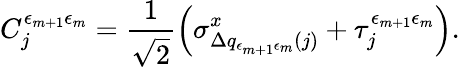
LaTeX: C_{j}^{\epsilon_{m+1}\epsilon_{m}}=\frac{1}{\sqrt{2}}\left(\sigma_{\Delta q_{\epsilon_{m+1}\epsilon_{m}}(j)}^{x}+\tau_{j}^{\epsilon_{m+1}\epsilon_{m}}\right).